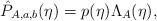
LaTeX: \begin{align*}\hat{P}_{A,a,b}(\eta) = p(\eta)\Lambda_A(\eta),\end{align*}